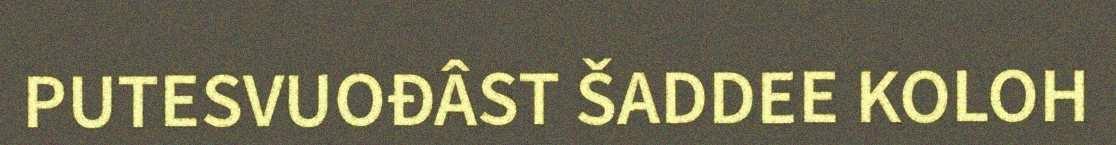
PUTESVUOĐÂST ŠADDEE KOLOH